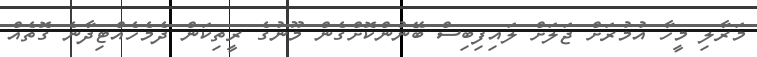
މަރާލި މީހާ އުމުރަށް ޖަލަށް ލައިފިބިސް ބޭނުންކޮށްގެން މޫނުގެ ރީތިކަން ދެމެހެއްޓިދާނެ ގޮތެއް